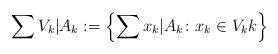
LaTeX: \begin{align*}\sum V_k|A_k:=\left\{\sum x_k|A_k\colon x_k\in V_k k\right\}\end{align*}